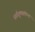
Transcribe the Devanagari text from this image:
सर्वगुणसंपन्‍न